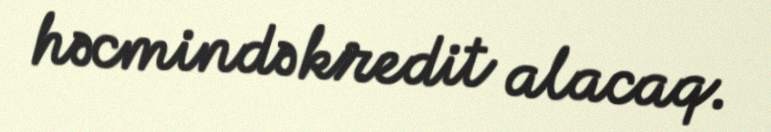
həcmində kredit alacaq.